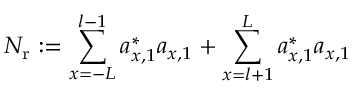
N _ { \mathrm { r } } : = \sum _ { x = - L } ^ { l - 1 } a _ { x , 1 } ^ { \ast } a _ { x , 1 } + \sum _ { x = l + 1 } ^ { L } a _ { x , 1 } ^ { \ast } a _ { x , 1 }